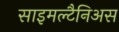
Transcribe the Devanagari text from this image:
साइमल्टैनिअस